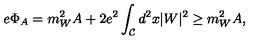
e \Phi _ { A } = m _ { W } ^ { 2 } A + 2 e ^ { 2 } \int _ { \cal C } d ^ { 2 } x | W | ^ { 2 } \ge m _ { W } ^ { 2 } A ,